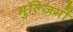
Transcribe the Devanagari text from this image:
मुल्ज़िमों